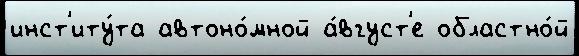
инст'иту́та автоно́мной а́вгуст'е областно́й